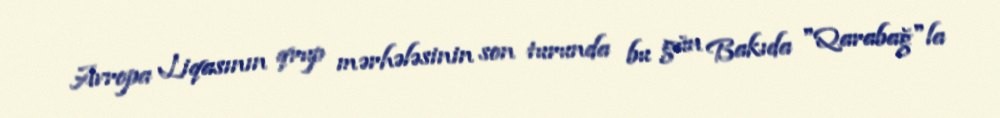
Avropa Liqasının qrup mərhələsinin son turunda bu gün Bakıda "Qarabağ"la